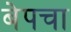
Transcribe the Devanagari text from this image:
बेपचा